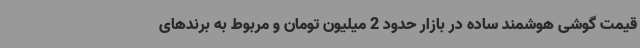
قیمت گوشی هوشمند ساده در بازار حدود 2 میلیون تومان و مربوط به برندهای